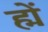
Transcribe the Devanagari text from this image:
ह्में